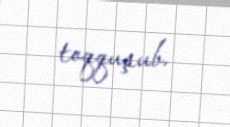
toqquşub.